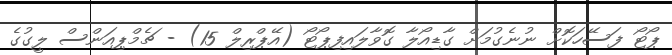
ޕޯޓޯ ފަސޭހަކޮށް ނުނެގުމަށް ގާޑިއޯލާ ގޮވާލައިފިޕޯޓޯ (އޭޕްރިލް 15) - ޗެމްޕިއަންސް ލީގުގެ